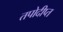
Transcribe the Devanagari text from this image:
तपोदीप्त